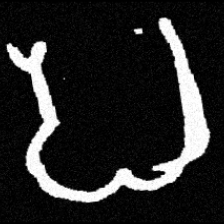
Pyu character \u2014 Myanmar letter: ပ (romanized: pa)